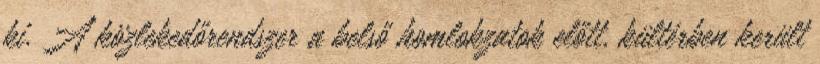
ki. A közlekedőrendszer a belső homlokzatok előtt, kültérben került